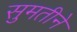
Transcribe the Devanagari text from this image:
सुमतीने